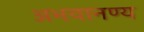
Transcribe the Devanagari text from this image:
अभयानण्‍य